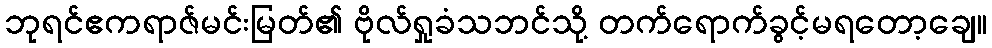
ဘုရင်ဧကရာဇ်မင်းမြတ်၏ ဗိုလ်ရှုခံသဘင်သို့ တက်ရောက်ခွင့်မရတော့ချေ။